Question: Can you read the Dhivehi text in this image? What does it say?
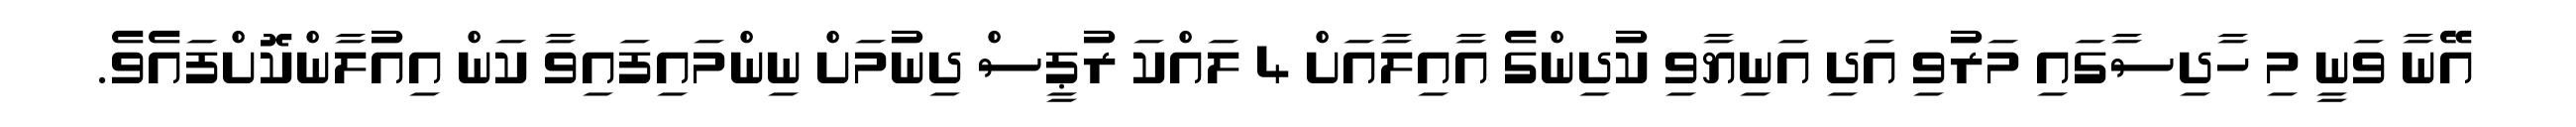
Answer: އޭނާ ވަނީ މި ހާދިސާގައި މަރުވި އަދި އަނިޔާވި ކުދިންގެ އާއިލާއަށް 4 ލައްކަ ރުޕީސް ދިނުމަށް ނިންމައިފައިވާ ކަން އިއުލާންކޮށްފައެވެ.